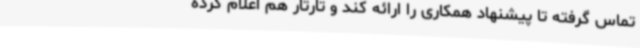
تماس گرفته تا پیشنهاد همکاری را ارائه کند و تارتار هم اعلام کرده